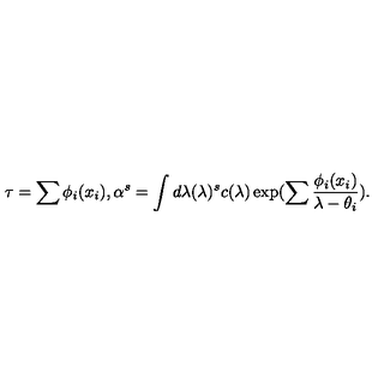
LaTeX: \tau = \sum \phi _ { i } ( x _ { i } ) , \alpha ^ { s } = \int d \lambda ( \lambda ) ^ { s } c ( \lambda ) \exp ( \sum \frac { \phi _ { i } ( x _ { i } ) } { \lambda - \theta _ { i } } ) .